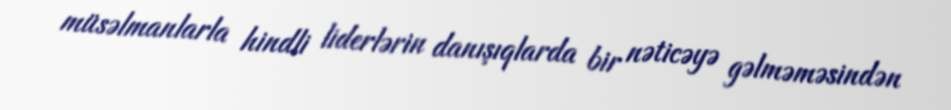
müsəlmanlarla hindli liderlərin danışıqlarda bir nəticəyə gəlməməsindən